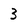
Character: 3